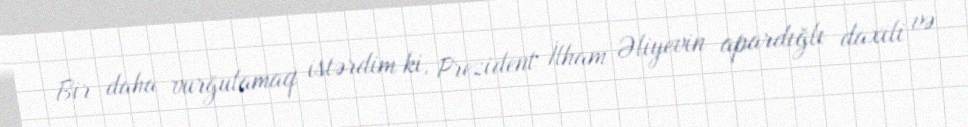
Bir daha vurğulamaq istərdim ki, Prezident İlham Əliyevin apardığlı daxili və